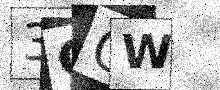
Text: 3GGW